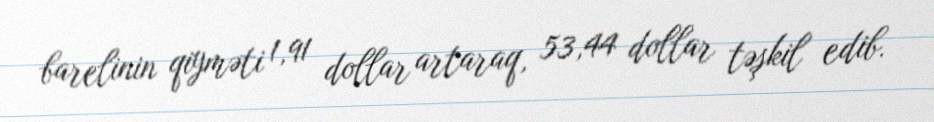
barelinin qiyməti 1,91 dollar artaraq, 53,44 dollar təşkil edib.